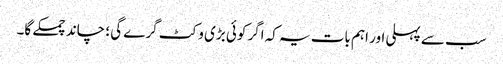
سب سے پہلی اور اہم بات یہ کہ اگر کوئی بڑی وکٹ گرے گی ؛ چاند چمکے گا۔